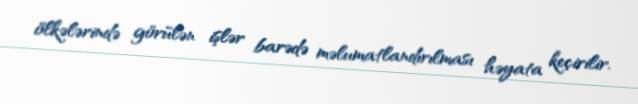
ölkələrində görülən işlər barədə məlumatlandırılması həyata keçirilir.